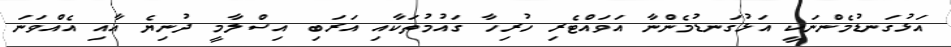
އަޅުގަނޑުމެންނަކީ އަޅުގަނޑުމެންނާ އަވައްޓެރި ހުރިހާ ގައުމުތަކާއި އަރަބި އިސްލާމީ ދުނިޔެ އާއި އެއްވަނަ